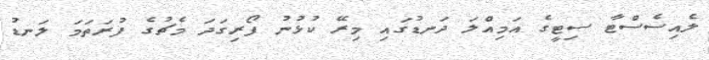
ލެއިސެސްޓާ ސިޓީގެ އަމިއްލަ ދަނޑުގައި މިރޭ ކުޅުނު ފޯރިގަދަ މެޗުގެ ފުރަތަމަ ލަނޑު